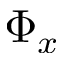
\Phi _ { x }